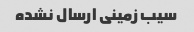
سیب زمینی ارسال نشده